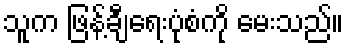
သူက ဖြန့်ချီရေးပုံစံကို မေးသည်။